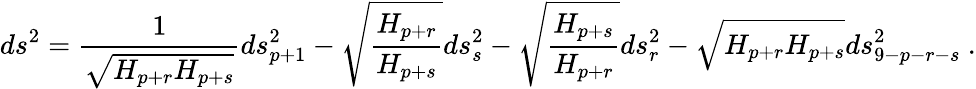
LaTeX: ds^{2}={\frac{1}{\sqrt{H_{p+r}H_{p+s}}}}ds_{p+1}^{2}-\sqrt{{\frac{H_{p+r}}{H_{p+s}}}}ds_{s}^{2}-\sqrt{{\frac{H_{p+s}}{H_{p+r}}}}ds_{r}^{2}-\sqrt{H_{p+r}H_{p+s}}ds_{9-p-r-s}^{2}\ .